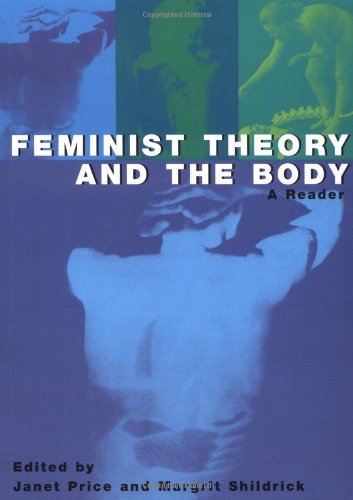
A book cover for Feminist Theory and the Body: A Reader; Janet Price; Gay & Lesbian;